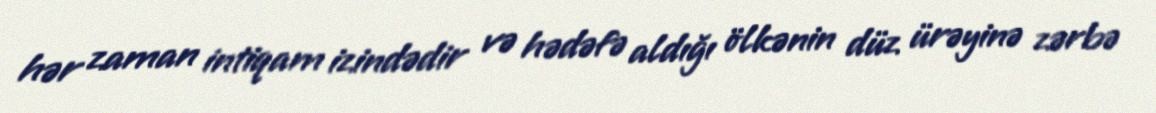
hər zaman intiqam izindədir və hədəfə aldığı ölkənin düz ürəyinə zərbə